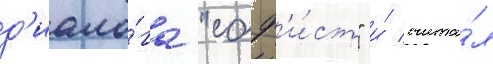
д'иало́га "соф'и́ст" и́ счита́л